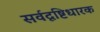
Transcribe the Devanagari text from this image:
सर्वदृष्टिधारक